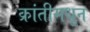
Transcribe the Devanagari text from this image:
क्रांतीमधून